Annual report on the lock hospitals of the Madras Presidency
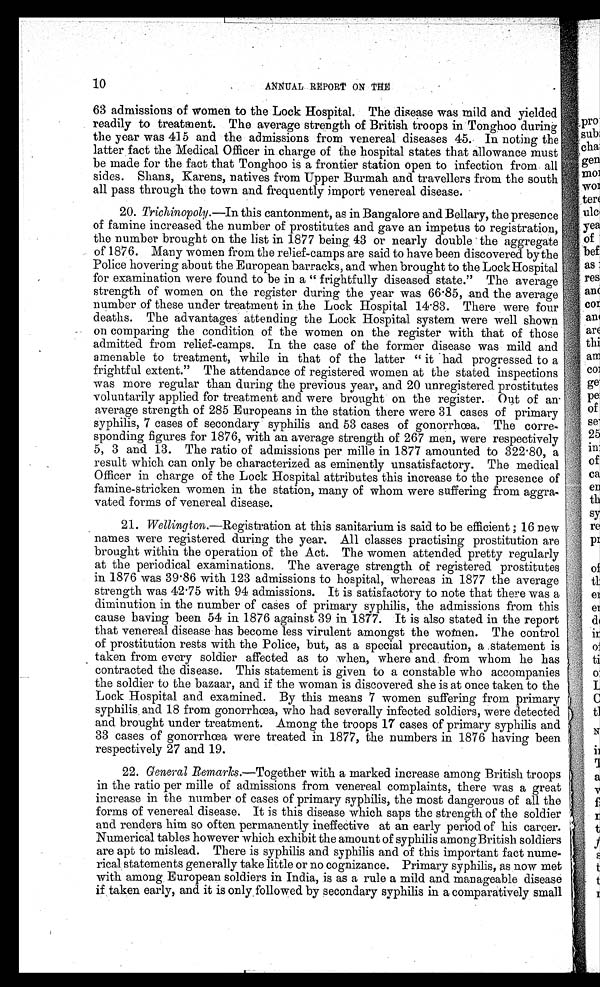
10
ANNUAL REPORT ON THE
63 admissions of women to the Lock Hospital. The disease was mild and yielded
readily to treatment. The average strength of British troops in Tonghoo during
the year was 415 and the admissions from venereal diseases 45. In noting the
latter fact the Medical Officer in charge of the hospital states that allowance must
be made for the fact that Tonghoo is a frontier station open to infection from. al
l sides. Shans, Karens, natives from Upper Burmah and travellers from the south
all pass through the town and frequently import venereal disease.
20. Trichinopoly.—In this cantonment, as in Bangalore and Bellary, the presence
of famine increased the number of prostitutes and gave an impetus to registration,
the number brought on the list in 1877 being . 43 or nearly double the aggregate
of 1876. Many women from the relief-camps are said to have been discovered by the
Police hovering about the European barracks, and when brought to the Lock Hospital
for examination were found to be in a " frightfully diseased state." The average
strength of women on the register during the year was 66 . 85, and the average
number of these under treatment in the Lock Hospital 14 . 83. There were four
deaths. The advantages attending the Lock Hospital system were well shown
on comparing the condition of the women on the register with that of those
admitted from relief-camps. In the case of the former disease was mild and
amenable to treatment, while in that of the latter " it had. progressed to a
frightful extent." The attendance of registered women at the stated inspections
was more regular than during the previous year, and 20 unregistered prostitutes
voluntarily applied for treatment and were brought on the register. Out of
a n a v e r a g e s t r e n g t h o f 2 8 5 E u r o p e a n s i n t h e s t a t i o n t h e r e w e r e 3 1 c a s e s o f p r i m a r y
syphilis, 7 cases of secondary syphilis and 53 cases of gonorrhoea. The corre-
sponding figures for 1876, with an average strength of 267 men, were respectively
5, 3 and 13. The ratio of admissions per mille in 1877 amounted to 322 . 80, a
result which can only be characterized as eminently unsatisfactory. The medical
Officer in charge of the Lock Hospital attributes this increase to the presence of
famine-stricken women in the station, many of whom were suffering from aggra-
vated forms of venereal disease.
21. Wellington.—Registration at this sanitarium is said to be efficient ; 16 new
names were registered during the year. All classes practising prostitution are
brought within the operation of the Act. The women attended pretty regularly
at the periodical examinations. The average strength of registered prostitutes
in 1876 was 39 . 86 with 123 admissions to hospital, whereas in 1877 the average
strength was 42'75 with 94 admissions. It is satisfactory to note that there was a
diminution in the number of cases of primary syphilis, the admissions from this
cause having been 54 in 1876 against 39 in 1877. It is also stated in the report
that venereal disease has become less virulent amongst the women. The control
of prostitution rests with the Police, but, as a special precaution, a statement is
_ taken from every soldier affected as to when, where and from whom he has
contracted the disease. This statement is given to a constable who accompanies
the soldier to the bazaar, and if the woman is discovered she is at once taken to the
Lock Hospital and examined. By this means 7 women suffering from primary
syphilis, and 18 from gonorrhoea, who had severally infected soldiers, were detected
and brought under treatment. Among the troops 17 cases of primary syphilis and
33 cases of gonorrhoea were treated in 1877, the numbers in 1876 having been
respectively 27 and 19.
22. General Remarks.—Together with a marked increase among British troops
in the ratio per mile of admissions from venereal complaints, there was a great
increase in the number of cases of primary syphilis, the most dangerous of all the
forms of venereal disease. It is this disease which saps the strength of the soldier
and renders him so often permanently ineffective at an early period of his career.
Numerical tables however which exhibit the amount of syphilis among British soldiers
are apt to mislead. There is syphilis and syphilis and of this important fact nume-
rical statements generally take little or no cognizance. Primary syphilis, as now met
with among European soldiers in India, is as a rule a mild and manageable disease
if taken early, and it is only , followed by secondary syphilis in a comparatively small